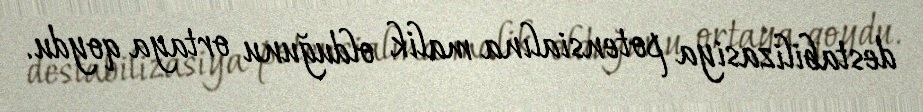
destabilizasiya potensialına malik olduğunu ortaya qoydu.